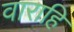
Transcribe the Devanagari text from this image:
वाराहि